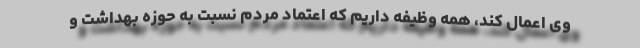
وی اعمال کند، همه وظیفه داریم که اعتماد مردم نسبت به حوزه بهداشت و